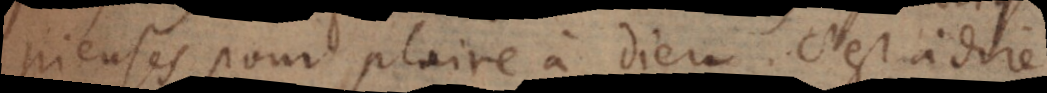
pieuses pour plaire à Dieu. C’est à dire